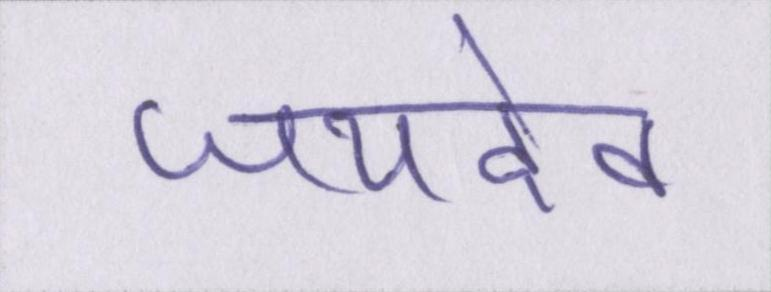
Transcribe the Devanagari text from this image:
जयदेव